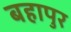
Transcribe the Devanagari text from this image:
बहापुर